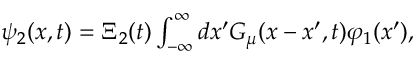
\begin{array} { r } { \psi _ { 2 } ( x , t ) = \Xi _ { 2 } ( t ) \int _ { - \infty } ^ { \infty } d x ^ { \prime } { \cal { G } } _ { \mu } ( x - x ^ { \prime } , t ) \varphi _ { 1 } ( x ^ { \prime } ) , } \end{array}